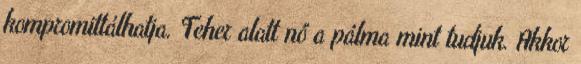
kompromittálhatja. Teher alatt nő a pálma mint tudjuk. Akkor